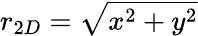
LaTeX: r_{2D}=\sqrt{x^{2}+y^{2}}